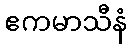
ဧကမာသီနံ